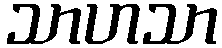
သာဟသာ